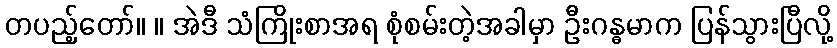
တပည့်တော်။ ။ အဲဒီ သံကြိုးစာအရ စုံစမ်းတဲ့အခါမှာ ဦးဂန္ဓမာက ပြန်သွားပြီလို့